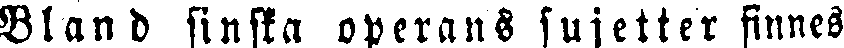
Bland finska operans sujetter finnes